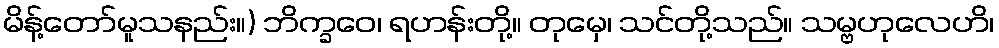
မိန့်တော်မူသနည်း။) ဘိက္ခဝေ၊ ရဟန်းတို့။ တုမှေ၊ သင်တို့သည်။ သမ္ဗဟုလေဟိ၊